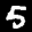
Label: 5